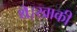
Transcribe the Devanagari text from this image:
थे।खाकी